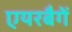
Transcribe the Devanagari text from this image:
एयरबैगें